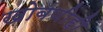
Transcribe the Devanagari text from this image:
खोबणीही